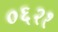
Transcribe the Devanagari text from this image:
०६२१